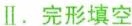
Ⅱ.完形填空